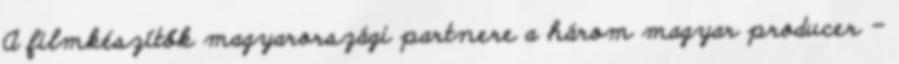
A filmkészítők magyarországi partnere a három magyar producer -